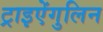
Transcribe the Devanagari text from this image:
ट्राइऐंगुलिन